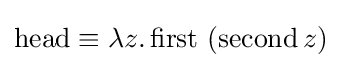
\operatorname {head} \equiv \lambda z.\operatorname {first} \ (\operatorname {second} z)